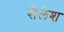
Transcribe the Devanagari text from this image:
सैलेश